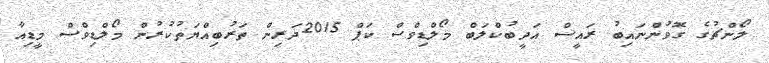
ލޯންޗުގެ ގޮވުންނައިބު ރައީސް އަދީބުކްލަބް މޯލްޑިވްސް ކަޕް 2015ދަރިން ތަރުބިއްޔަތުކުރުން މޯލްޑިވްސް މީޑިއާ